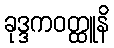
ခုဒ္ဒကဝတ္ထူနိ